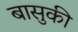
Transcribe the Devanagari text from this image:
बासुकी